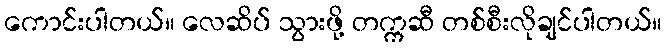
ကောင်းပါတယ်။ လေဆိပ် သွားဖို့ တက္ကဆီ တစ်စီးလိုချင်ပါတယ်။